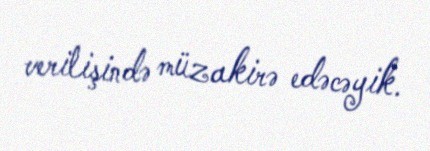
verilişində müzakirə edəcəyik.